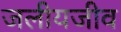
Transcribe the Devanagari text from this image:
जलीयजीव